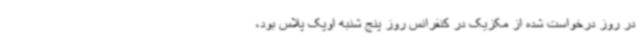
در روز درخواست شده از مکزیک در کنفرانس روز پنج شنبه اوپک پلاس بود،